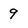
Character: 9